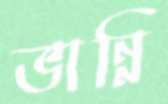
ভান্নি